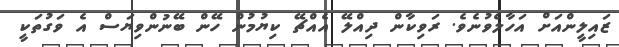
ޒައިލީންއަށް އަހާލެވުނެވެ. ރަވިކާން ދިއްލޭ އެއްޗޭ ކިޔުމުން ހޭން ބޭނުންވިޔަސް އެ ވަގުތަކީ